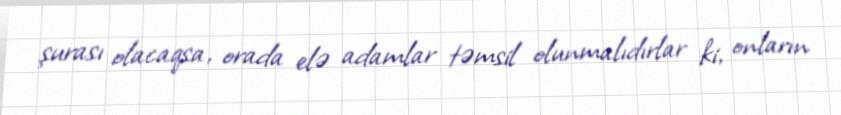
şurası olacaqsa, orada elə adamlar təmsil olunmalıdırlar ki, onların